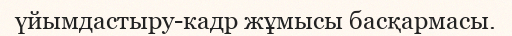
үйымдастыру-кадр жұмысы басқармасы.